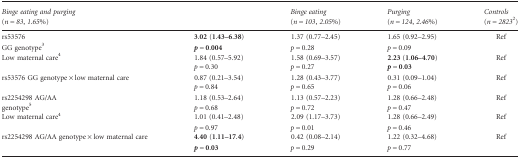
<table><thead><tr><td colspan="2"><b><i>Binge eating and purging</i>(<i>n</i> = <i>83</i>, <i>1</i>.<i>65</i>%)</b></td><td><b><i>Binge eating</i>(<i>n</i> = <i>103</i>, <i>2</i>.<i>05</i>%)</b></td><td><b><i>Purging</i>(<i>n</i> = <i>124</i>, <i>2</i>.<i>46</i>%)</b></td><td><b><i>Controls</i>(<i>n</i> = <i>2823</i>b)</b></td></tr></thead><tbody><tr><td>rs53576GG genotypec</td><td><b>3</b>.<b>02</b> (<b>1</b>.<b>43–6</b>.<b>38</b>)<i><b>p</b></i> = <b>0</b>.<b>004</b></td><td>1.37 (0.77–2.45)<i>p</i> = 0.28</td><td>1.65 (0.92–2.95)<i>p</i> = 0.09</td><td>Ref</td></tr><tr><td>Low maternal cared</td><td>1.84 (0.57–5.92)<i>p</i> = 0.30</td><td>1.58 (0.69–3.57)<i>p</i> = 0.27</td><td><b>2</b>.<b>23</b> (<b>1</b>.<b>06–4</b>.<b>70</b>)<i><b>p</b></i> = <b>0</b>.<b>03</b></td><td>Ref</td></tr><tr><td>rs53576 GG genotype × low maternal care</td><td>0.87 (0.21–3.54)<i>p</i> = 0.84</td><td>1.28 (0.43–3.77)<i>p</i> = 0.65</td><td>0.31 (0.09–1.04)<i>p</i> = 0.06</td><td>Ref</td></tr><tr><td>rs2254298 AG/AAgenotypee</td><td>1.18 (0.53–2.64)<i>p</i> = 0.68</td><td>1.13 (0.57–2.23)<i>p</i> = 0.72</td><td>1.28 (0.66–2.48)<i>p</i> = 0.47</td><td>Ref</td></tr><tr><td>Low maternal cared</td><td>1.01 (0.41–2.48)<i>p</i> = 0.97</td><td>2.09 (1.17–3.73)<i>p</i> = 0.01</td><td>1.28 (0.66–2.49)<i>p</i> = 0.46</td><td>Ref</td></tr><tr><td>rs2254298 AG/AA genotype × low maternal care</td><td><b>4</b>.<b>40</b> (<b>1</b>.<b>11–17</b>.<b>4</b>)<i><b>p</b></i> = <b>0</b>.<b>03</b></td><td>0.42 (0.08–2.14)<i>p</i> = 0.29</td><td>1.22 (0.32–4.68)<i>p</i> = 0.77</td><td>Ref</td></tr></tbody></table>